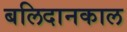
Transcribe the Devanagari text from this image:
बलिदानकाल